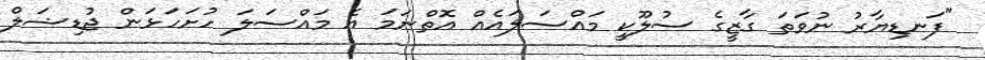
"ފަނޑިޔާރު ނުވަތަ ގާޒީގެ ސުލޫކީ މައްސަލައެއް އޮތްނަމަ އެ މައްސަލަ ހުށަހަޅަން ޖުޑިޝަލް